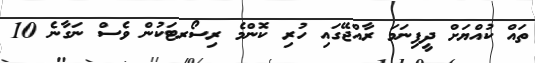
ތައް ކުއްޔަށް ދީފިނަމަ ރާއްޖޭގައި ހުރި ކޮންމެ ރިސޯރޓަކުން ވެސް ނަގާނެ 10